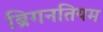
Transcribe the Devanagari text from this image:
ब्रिगनतियम